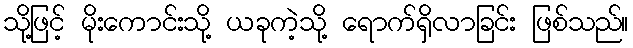
သို့ဖြင့် မိုးကောင်းသို့ ယခုကဲ့သို့ ရောက်ရှိလာခြင်း ဖြစ်သည်။